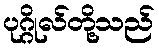
ပုဂ္ဂိုလ်တို့သည်